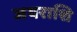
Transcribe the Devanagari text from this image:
जयराशि